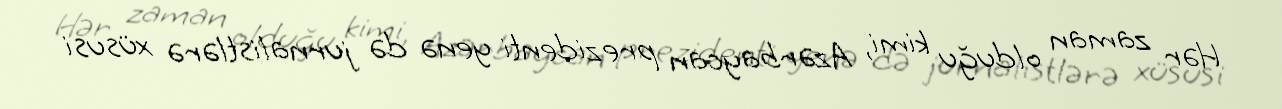
Hər zaman olduğu kimi, Azərbaycan prezidenti yenə də jurnalistlərə xüsusi